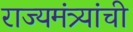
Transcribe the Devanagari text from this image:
राज्यमंत्र्यांची